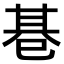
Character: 𢁂